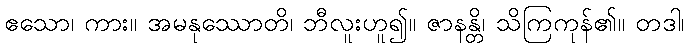
ဧသော၊ ကား။ အမနုဿောတိ၊ ဘီလူးဟူ၍။ ဇာနန္တိ၊ သိကြကုန်၏။ တဒါ၊